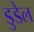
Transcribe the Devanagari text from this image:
डुडेल